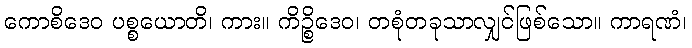
ကောစိဒေဝ ပစ္စယောတိ၊ ကား။ ကိဉ္စိဒေဝ၊ တစုံတခုသာလျှင်ဖြစ်သော။ ကာရဏံ၊